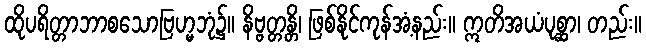
ထိုပရိတ္တာဘာစသောဗြဟ္မဘုံ၌။ နိဗ္ဗတ္တန္တိ၊ ဖြစ်နိုင်ကုန်အံ့နည်း။ ဣတိအယံပုစ္ဆာ၊ တည်း။